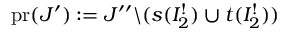
\mathrm { p r } ( J ^ { \prime } ) : = J ^ { \prime \prime } \backslash ( s ( I _ { 2 } ^ { ! } ) \cup t ( I _ { 2 } ^ { ! } ) )